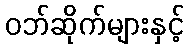
ဝဘ်ဆိုက်များနှင့်